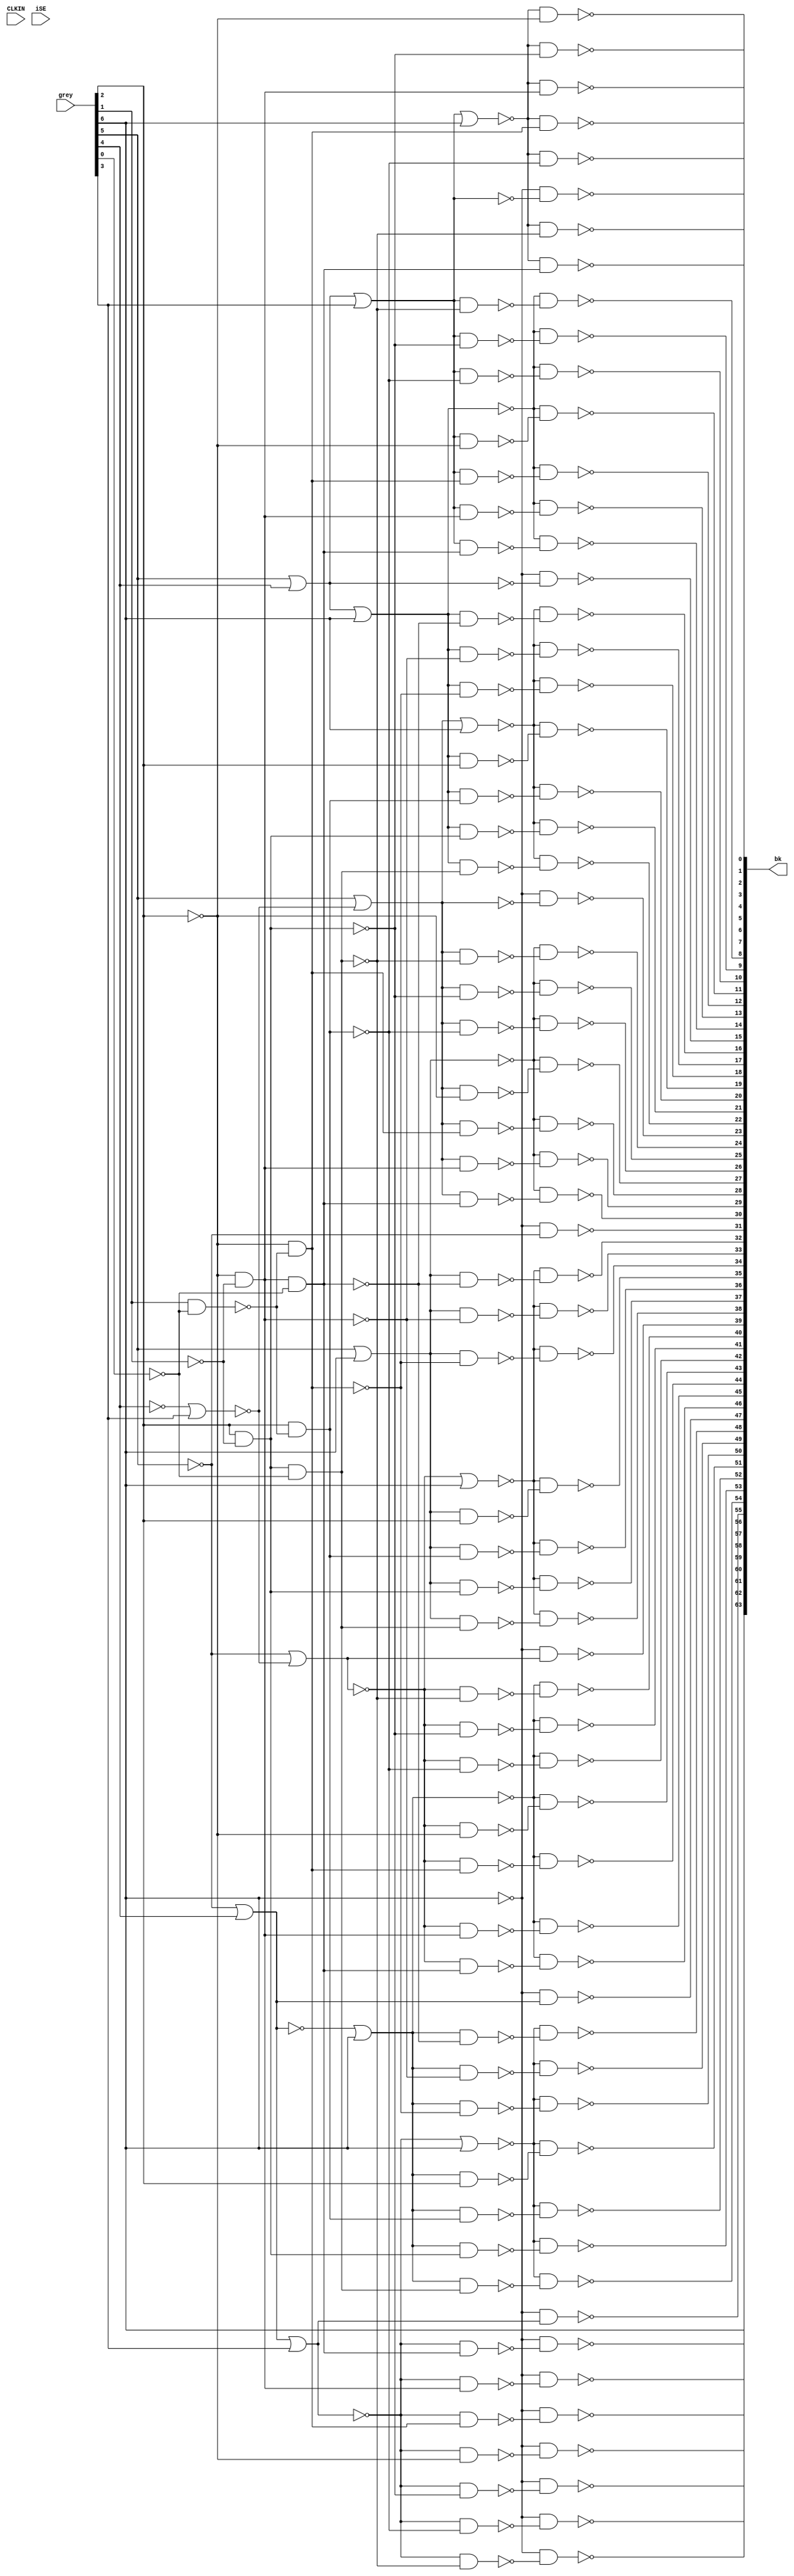
// This program was cloned from: https://github.com/chipsalliance/aib-phy-hardware
// License: Apache License 2.0

// SPDX-License-Identifier: Apache-2.0
// Copyright (C) 2019 Intel Corporation. 
// Library - aibcr3_lib, Cell - aibcr3_dll_gry2thm64, View - schematic
// LAST TIME SAVED: Jul 25 03:08:04 2016
// NETLIST TIME: Aug 17 15:46:58 2016
`timescale 1ns / 1ns 

module aibcr3_dll_gry2thm64 ( bk, CLKIN, 
     grey, iSE );

input  CLKIN, iSE;

output [63:0]  bk;

input [6:0]  grey;

// Buses in the design

wire  [3:0]  col;
wire         icol4b;
wire         col4b;
wire         col5b;
wire         icol6b;
wire  [6:0]  row;
wire         row0b;
wire         row1b;
wire         row2b;
wire         row3b;
wire         row4b;
wire         row5b;
wire         row6b;
wire  [6:0]  row_combi;
wire  [6:0]  row_combi_invert;
wire [62:0]  a;
wire [62:0]  b;
wire  [6:0]  newcol;

assign CK    = CLKIN;
assign CK1   = CLKIN;
assign tieHI = 1'b1;
assign SE    = iSE;

// Column Combinatorial Logic
// ------------------------------
assign col0 =  grey[5] | grey[4] | grey[3];
assign col1 =  grey[5] | grey[4];
assign col2 =  grey[5] | ~(~grey[4] | grey[3]);
assign col3 =  grey[5];

assign col4b = ~(~grey[5] | ~(~grey[4] | grey[3]));
assign col5bc = ~(~grey[5] | grey[4]);
assign col6b = ~(~grey[5] | grey[4] | grey[3]);

/* implementation
assign col[4] = ~grey[5] | ~(~grey[4] | grey[3]);
assign col[5] = ~grey[5] | grey[4];
assign col[6] = ~grey[5] | grey[4] | grey[3];
*/

/* 
aibcr3_svt16_scdffcdn_cust I356 ( col0, SO14, RSTb, CK1,
     col[0], SE, SO13);
aibcr3_svt16_scdffcdn_cust I360 ( col1, SO15, RSTb, CK1,
     col[1], SE, SO14);
aibcr3_svt16_scdffcdn_cust I363 ( col2, SO16, RSTb, CK1,
     col[2], SE, SO15);
aibcr3_svt16_scdffcdn_cust I374 ( col3, SO17, RSTb, CK1,
     col[3], SE, SO16);
aibcr3_svt16_scdffcdn_cust x458 ( col4b, SOOUT, RSTb, CK1,
     icol4b, SE, SO20);
aibcr3_svt16_scdffcdn_cust I375 ( col5bc, SO18, RSTb, CK1,
     col5b, SE, SO17);
aibcr3_svt16_scdffcdn_cust I376 ( col6b, SO19, RSTb, CK1,
     icol6b, SE, SO18);
*/
// Row Combinatorial Logic
// -------------------------
assign row[0] = ~grey[2] & ~grey[1] & ~grey[0];
assign row[1] = ~grey[2] & ~grey[1];
assign row[2] = ~grey[2] & ~(grey[1] & ~grey[0]);
assign row[3] = ~grey[2];
assign row[4] = ~(grey[2] & ~(grey[1] & ~grey[0]));
assign row[5] = ~(grey[2] & ~grey[1]);
assign row[6] = ~(grey[2] & ~grey[1] & ~grey[0]);
assign row0b = ~row[0];
assign row1b = ~row[1];
assign row2b = ~row[2];
assign row3b = ~row[3];
assign row4b = ~row[4];
assign row5b = ~row[5];
assign row6b = ~row[6];

// Row Code Register
/*
aibcr3_svt16_scdffcdn_cust I336 ( row[0], SO0, RSTb, CK,
     row_combi[0], SE, iSI);
aibcr3_svt16_scdffcdn_cust I337 ( row[1], SO2, RSTb, CK,
     row_combi[1], SE, SO1);
aibcr3_svt16_scdffcdn_cust I342 ( row[2], SO4, RSTb, CK,
     row_combi[2], SE, SO3);
aibcr3_svt16_scdffcdn_cust I345 ( row[3], SO6, RSTb, CK,
     row_combi[3], SE, SO5);
aibcr3_svt16_scdffcdn_cust I347 ( row[4], SO8, RSTb, CK,
     row_combi[4], SE, SO7);
aibcr3_svt16_scdffcdn_cust I348 ( row[5], SO10, RSTb, CK,
     row_combi[5], SE, SO9);
aibcr3_svt16_scdffcdn_cust I351 ( row[6], SO12, RSTb, CK,
     row_combi[6], SE, SO11);

aibcr3_svt16_scdffcdn_cust I334 ( row0b, SO1, RSTb, CK,
     row_combi_invert[0], SE, SO0);
aibcr3_svt16_scdffcdn_cust I339 ( row1b, SO3, RSTb, CK,
     row_combi_invert[1], SE, SO2);
aibcr3_svt16_scdffcdn_cust I343 ( row2b, SO5, RSTb, CK,
     row_combi_invert[2], SE, SO4);
aibcr3_svt16_scdffcdn_cust I319 ( row3b, SO7, RSTb, CK,
     row_combi_invert[3], SE, SO6);
aibcr3_svt16_scdffcdn_cust I318 ( row4b, SO9, RSTb, CK,
     row_combi_invert[4], SE, SO8);
aibcr3_svt16_scdffcdn_cust I317 ( row5b, SO11, RSTb, CK,
     row_combi_invert[5], SE, SO10);
aibcr3_svt16_scdffcdn_cust I316 ( row6b, SO13, RSTb, CK,
     row_combi_invert[6], SE, SO12);

aibcr3_svt16_scdffcdn_cust I377 ( bgrey6c, SO20, RSTb,
     CK, grey[6], SE, SO19);
*/
assign bgrey6c = grey[6];
assign bgrey6b = !bgrey6c;


assign newcol[0] =  ~(col0   | bgrey6c);
assign newcol[1] =  ~(col1   | bgrey6c);
assign newcol[2] =  ~(col2   | bgrey6c);
assign newcol[3] =  ~(col3   | bgrey6c);
assign newcol[4] =  ~(col4b  | bgrey6c);
assign newcol[5] =  ~(col5bc | bgrey6c);
assign newcol[6] =  ~(col6b  | bgrey6c);

// Thermometer code generation

// column 0
assign  bk[0] = ~(newcol[0] & ~row0b);
assign  bk[1] = ~(newcol[0] & ~row1b);
assign  bk[2] = ~(newcol[0] & ~row2b);
assign  bk[3] = ~(newcol[0] & ~row3b);
assign  bk[4] = ~(newcol[0] & ~row4b);
assign  bk[5] = ~(newcol[0] & ~row5b);
assign  bk[6] = ~(newcol[0] & ~row6b);
assign  bk[7] = ~(bgrey6b   & ~col0);

// column 1
assign  bk[8] = ~(newcol[1] & ~(col0 & row[6]));
assign  bk[9] = ~(newcol[1] & ~(col0 & row[5]));
assign bk[10] = ~(newcol[1] & ~(col0 & row[4]));
assign bk[11] = ~(newcol[1] & ~(col0 & row[3]));
assign bk[12] = ~(newcol[1] & ~(col0 & row[2]));
assign bk[13] = ~(newcol[1] & ~(col0 & row[1]));
assign bk[14] = ~(newcol[1] & ~(col0 & row[0]));
assign bk[15] = ~(bgrey6b   & ~col1);

// column 2
assign bk[16] = ~(newcol[2] & ~(~newcol[1] & row0b));
assign bk[17] = ~(newcol[2] & ~(~newcol[1] & row1b));
assign bk[18] = ~(newcol[2] & ~(~newcol[1] & row2b));
assign bk[19] = ~(newcol[2] & ~(~newcol[1] & row3b));
assign bk[20] = ~(newcol[2] & ~(~newcol[1] & row4b));
assign bk[21] = ~(newcol[2] & ~(~newcol[1] & row5b));
assign bk[22] = ~(newcol[2] & ~(~newcol[1] & row6b));
assign bk[23] = ~(bgrey6b   & ~col2);

// column 3
assign bk[24] = ~(newcol[3] & ~(col2 & row[6]));
assign bk[25] = ~(newcol[3] & ~(col2 & row[5]));
assign bk[26] = ~(newcol[3] & ~(col2 & row[4]));
assign bk[27] = ~(newcol[3] & ~(col2 & row[3]));
assign bk[28] = ~(newcol[3] & ~(col2 & row[2]));
assign bk[29] = ~(newcol[3] & ~(col2 & row[1]));
assign bk[30] = ~(newcol[3] & ~(col2 & row[0]));
assign bk[31] = ~(bgrey6b   & ~col3);

// column 4
assign bk[32] = ~(newcol[4] & ~(~newcol[3] & row0b));
assign bk[33] = ~(newcol[4] & ~(~newcol[3] & row1b));
assign bk[34] = ~(newcol[4] & ~(~newcol[3] & row2b));
assign bk[35] = ~(newcol[4] & ~(~newcol[3] & row3b));
assign bk[36] = ~(newcol[4] & ~(~newcol[3] & row4b));
assign bk[37] = ~(newcol[4] & ~(~newcol[3] & row5b));
assign bk[38] = ~(newcol[4] & ~(~newcol[3] & row6b));
assign bk[39] = ~(bgrey6b   & ~col4b);

// column 5
assign bk[40] = ~(newcol[5] & ~(col4b & row[6]));
assign bk[41] = ~(newcol[5] & ~(col4b & row[5]));
assign bk[42] = ~(newcol[5] & ~(col4b & row[4]));
assign bk[43] = ~(newcol[5] & ~(col4b & row[3]));
assign bk[44] = ~(newcol[5] & ~(col4b & row[2]));
assign bk[45] = ~(newcol[5] & ~(col4b & row[1]));
assign bk[46] = ~(newcol[5] & ~(col4b & row[0]));
assign bk[47] = ~(bgrey6b   & ~col5bc);

// column 6
assign bk[48] = ~(newcol[6] & ~(~newcol[5] & row0b));
assign bk[49] = ~(newcol[6] & ~(~newcol[5] & row1b));
assign bk[50] = ~(newcol[6] & ~(~newcol[5] & row2b));
assign bk[51] = ~(newcol[6] & ~(~newcol[5] & row3b));
assign bk[52] = ~(newcol[6] & ~(~newcol[5] & row4b));
assign bk[53] = ~(newcol[6] & ~(~newcol[5] & row5b));
assign bk[54] = ~(newcol[6] & ~(~newcol[5] & row6b));
assign bk[55] = ~(bgrey6b   & ~col6b);

// column 7
assign bk[56] =  ~(bgrey6b & ~(col6b & row[6]));
assign bk[57] =  ~(bgrey6b & ~(col6b & row[5]));
assign bk[58] =  ~(bgrey6b & ~(col6b & row[4]));
assign bk[59] =  ~(bgrey6b & ~(col6b & row[3]));
assign bk[60] =  ~(bgrey6b & ~(col6b & row[2]));
assign bk[61] =  ~(bgrey6b & ~(col6b & row[1]));
assign bk[62] =  ~(bgrey6b & ~(col6b & row[0]));
assign bk[63] =  ~bgrey6b;


endmodule